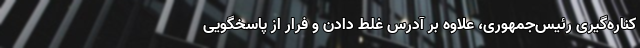
کناره‌گیری رئیس‌جمهوری، علاوه‌ بر آدرس غلط دادن و فرار از پاسخگویی